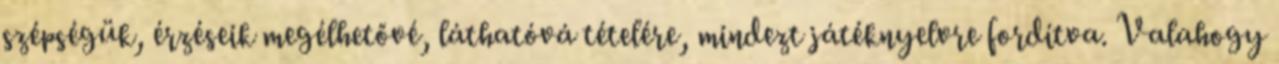
szépségük, érzéseik megélhetővé, láthatóvá tételére, mindezt játéknyelvre fordítva. Valahogy